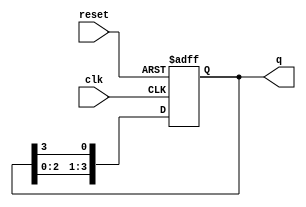
module ring_counter (
    input wire clk,          // Clock input
    input wire reset,        // Asynchronous reset input
    output reg [n-1:0] q     // Output state of the counter
);
    parameter n = 4;         // Number of flip-flops (adjust as needed)

    // Initial state for the ring counter
    initial begin
        q = 1'b1;            // Set initial state to '1000' for n=4
    end

    always @(posedge clk or posedge reset) begin
        if (reset) begin
            q <= 1'b1;       // Reset to initial state (only the first flip-flop is '1')
        end else begin
            // Shift the '1' to the next flip-flop
            q <= {q[n-2:0], q[n-1]}; // Shift left and wrap around
        end
    end
endmodule